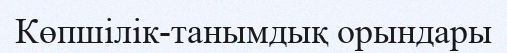
Көпшілік-танымдық орындары